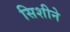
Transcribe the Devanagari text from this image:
सिशीने